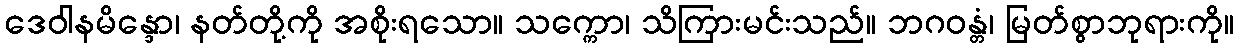
ဒေဝါနမိန္ဒော၊ နတ်တို့ကို အစိုးရသော။ သက္ကော၊ သိကြားမင်းသည်။ ဘဂဝန္တံ၊ မြတ်စွာဘုရားကို။